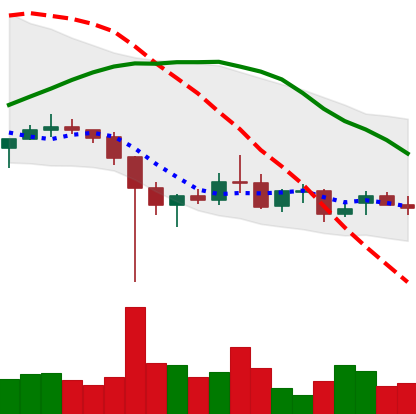
Ticker: XRP-USD
Chart end date: 2021-12-17
Forward return: 19.443%
Label: up_7plus